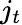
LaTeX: j_{t}